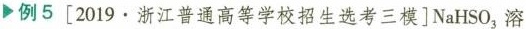
例5[2019·浙江普通高等学校招生选考三模]NaHSO_{3},溶